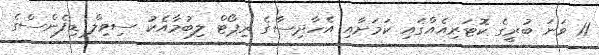
11 ވަނަ ބުރީގެ ކޮޓަރިއެއްގައި ކަމަށާއި އެހާދިސާގެ ރިޕޯޓް ލިބުމާއެކު ސިވިލް ޑިފެންސްގެ